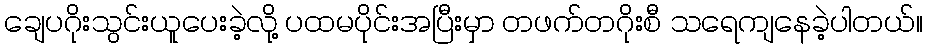
ချေပဂိုးသွင်းယူပေးခဲ့လို့ ပထမပိုင်းအပြီးမှာ တဖက်တဂိုးစီ သရေကျနေခဲ့ပါတယ်။